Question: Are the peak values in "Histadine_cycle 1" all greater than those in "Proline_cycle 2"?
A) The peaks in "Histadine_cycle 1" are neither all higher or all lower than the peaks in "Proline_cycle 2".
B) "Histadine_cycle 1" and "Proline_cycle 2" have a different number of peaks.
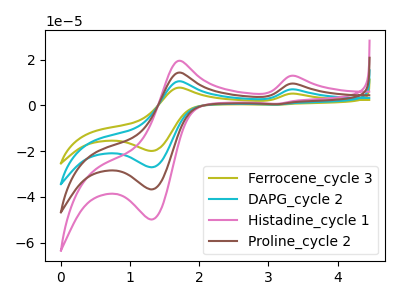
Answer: <think>The olive curve "Ferrocene_cycle 3" has anodic peaks at (3.40V, 28.55uA) (1.70V, 43.15uA) and cathodic peaks at (1.30V, -110.20uA) (3.15V, 1.60uA). The cyan curve "DAPG_cycle 2" has anodic peaks at (3.40V, 19.00uA) (1.70V, 28.80uA) and cathodic peaks at (1.30V, -73.45uA) (3.15V, 1.05uA). The pink curve "Histadine_cycle 1" has anodic peaks at (3.40V, 12.90uA) (1.70V, 19.55uA) and cathodic peaks at (1.30V, -49.90uA) (3.15V, 0.75uA). The brown curve "Proline_cycle 2" has anodic peaks at (3.40V, 9.50uA) (1.70V, 14.40uA) and cathodic peaks at (1.30V, -36.75uA) (3.15V, 0.55uA).</think>
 <answer>A) The peaks in "Histadine_cycle 1" are neither all higher or all lower than the peaks in "Proline_cycle 2".</answer>
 <eval>A</eval>